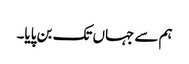
ہم سے جہاں تک بن پایا۔